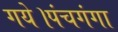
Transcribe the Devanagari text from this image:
गये।पंचगंगा